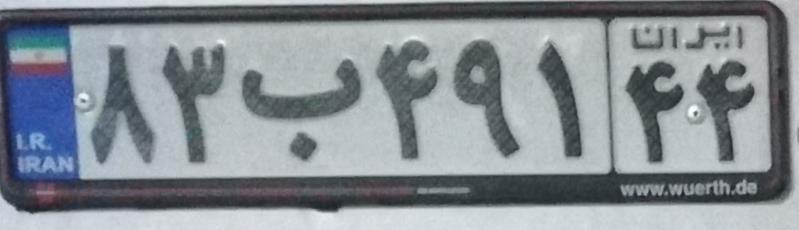
۸۳ب۴۹۱۴۴